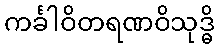
ကင်္ခါဝိတရဏဝိသုဒ္ဓိ